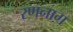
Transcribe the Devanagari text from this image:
रणनाग